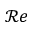
{ \mathcal R e }